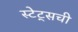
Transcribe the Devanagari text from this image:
स्टेट्‌सची